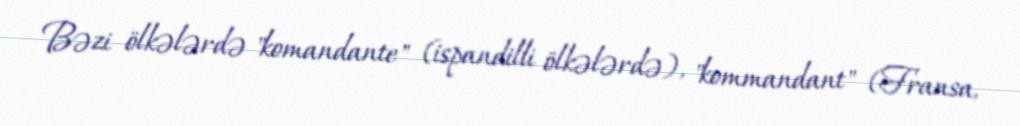
Bəzi ölkələrdə "komandante" (ispandilli ölkələrdə), "kommandant" (Fransa,